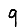
Digit: 9